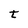
Character: t